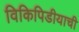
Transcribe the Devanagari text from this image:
विकिपिडीयाची